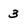
Character: 3